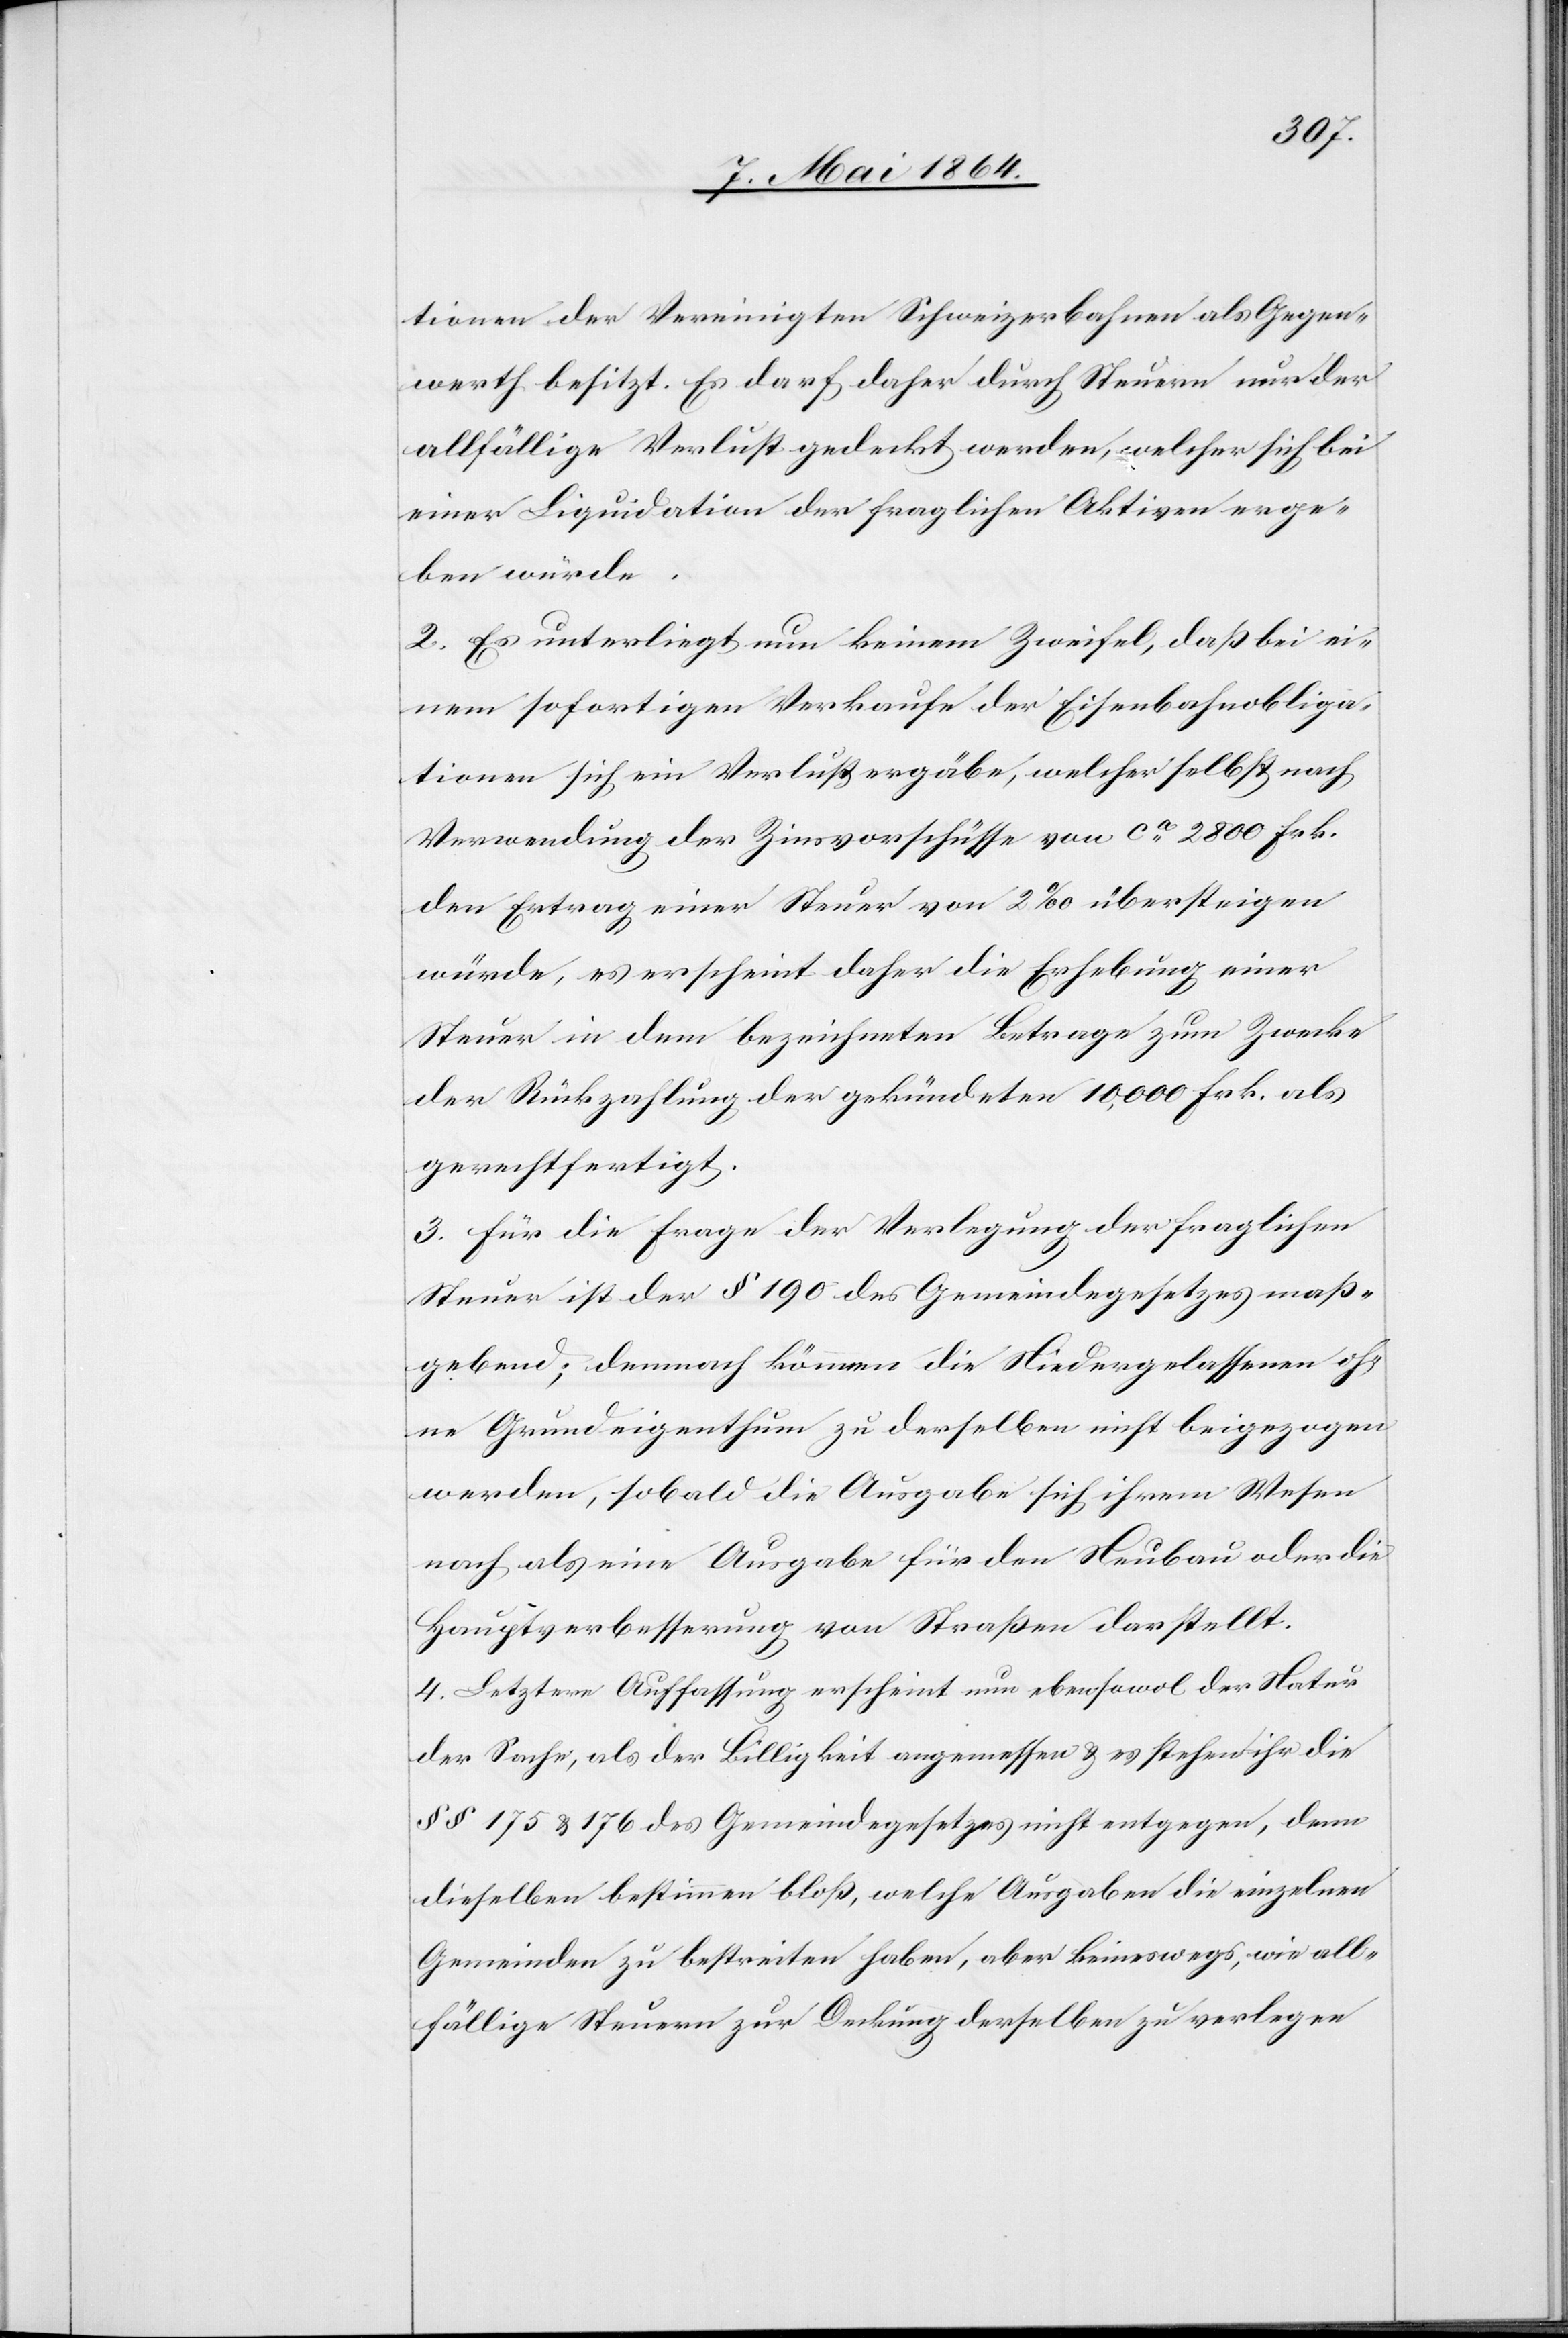
tionen der Vereinigten Schweizerbahnen als Gegen¬
werth besitzt. Es darf daher durch Steuern nur der
allfällige Verlust gedeckt werden, welcher sich bei
einer Liquidation der fraglichen Aktiven erge¬
ben würde.
2. Es unterliegt nun keinem Zweifel, daß bei ei¬
nem sofortigen Verkaufe der Eisenbahnobliga¬
tionen sich ein Verlust ergäbe, welcher selbst nach
Verwendung der Zinsvorschüsse von ca 2800 Frk.
den Ertrag einer Steuer von 2‰ übersteigen
würde, es erscheint daher die Erhebung einer
Steuer in dem bezeichneten Betrage zum Zwecke
der Rückzahlung der gekündeten 10,000 Frk. als
gerechtfertigt.
3. Für die Frage der Verlegung der fraglichen
Steuer ist der § 190 des Gemeindegesetzes maß¬
gebend; demnach können die Niedergelassenen oh¬
ne Grundeigenthum zu derselben nicht beigezogen
werden, sobald die Ausgabe sich ihrem Wesen
nach als eine Ausgabe für den Neubau oder die
Hauptverbesserung von Straßen darstellt.
4. Letztere Auffassung erscheint nun ebensowol der Natur
der Sache, als der Billigkeit angemessen u. es stehen ihr die
§§ 175 u. 176 des Gemeindegesetzes nicht entgegen, denn
dieselben bestimmen bloß, welche Ausgaben die einzelnen
Gemeinden zu bestreiten haben, aber keineswegs, wie all¬
fällige Steuern zur Deckung derselben zu verlegen